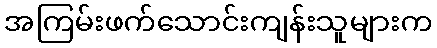
အကြမ်းဖက်သောင်းကျန်းသူများက